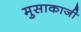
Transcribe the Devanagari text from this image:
मुसाकाजी